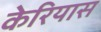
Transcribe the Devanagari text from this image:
केरियास